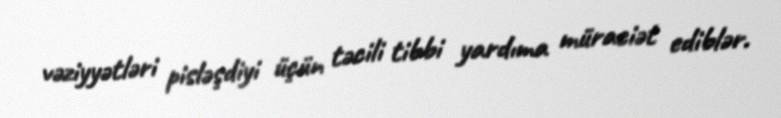
vəziyyətləri pisləşdiyi üçün təcili tibbi yardıma müraciət ediblər.